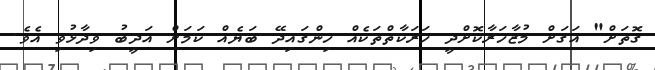
ގޮތަށް" އަގަށް މުޒާހަރާކޮށްދީ ހަރަކާތްތަކެއް ހިންގައިދޭ ބަޔެއް ކަމަށް އަދީބު ވިދާޅުވި އެވެ.